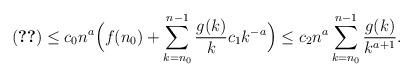
LaTeX: \begin{align*} \eqref{eq:l-rec2} \leq c_0n^a\Big(f(n_0)+\sum_{k=n_0}^{n-1}\frac{g(k)}kc_1k^{-a}\Big) \leq c_2n^a\sum_{k=n_0}^{n-1}\frac{g(k)}{k^{a+1}}. \end{align*}